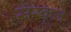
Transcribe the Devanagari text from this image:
संस्कृत